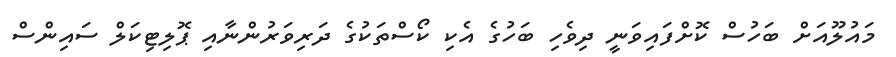
މައުލޫއަށް ބަހުސް ކޮށްފައިވަނީ ދިވެހި ބަހުގެ އެކި ކޯސްތަކުގެ ދަރިވަރުންނާއި ޕޮލިޓިކަލް ސައިންސް